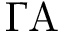
\Gamma \mathrm { A }